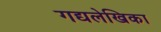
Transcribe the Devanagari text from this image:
गद्यलेखिका